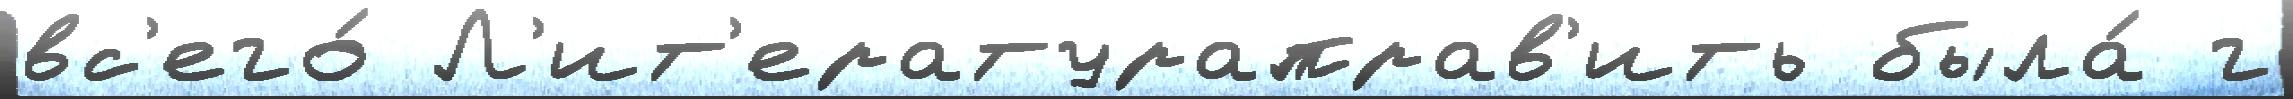
вс'его́ Л'ит'ератураправ'ить была́ г